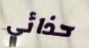
حذائي